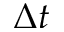
\Delta t